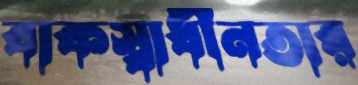
বাকস্বাধীনতার